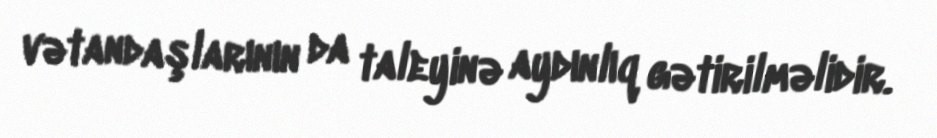
vətandaşlarının da taleyinə aydınlıq gətirilməlidir.